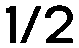
1/2